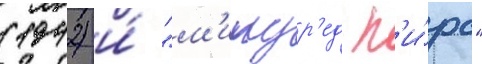
(1942) и́ "м'илдр'ед п'и́рс"